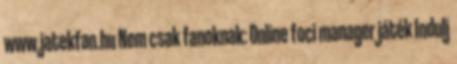
www.jatekfan.hu Nem csak fanoknak: Online foci manager játék Indulj